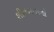
શીતળતાનો